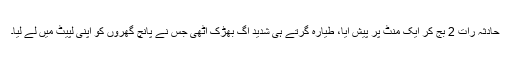
حادثہ رات 2 بج کر ایک منٹ پر پیش آیا، طیارہ گرتے ہی شدید آگ بھڑک اٹھی جس نے پانچ گھروں کو اپنی لپیٹ میں لے لیا۔